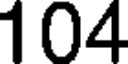
104